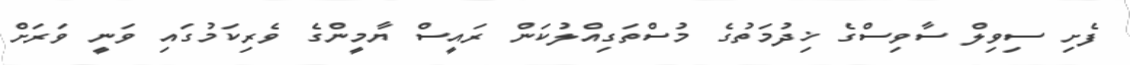
ފެށި ސިވިލް ސާވިސްގެ ޚިދުމަތުގެ މުސްތަގިއްލުކަން ރައީސް ޔާމީންގެ ވެރިކަމުގައި ވަނީ ވަރަށް